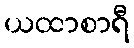
ယထာစာရီ